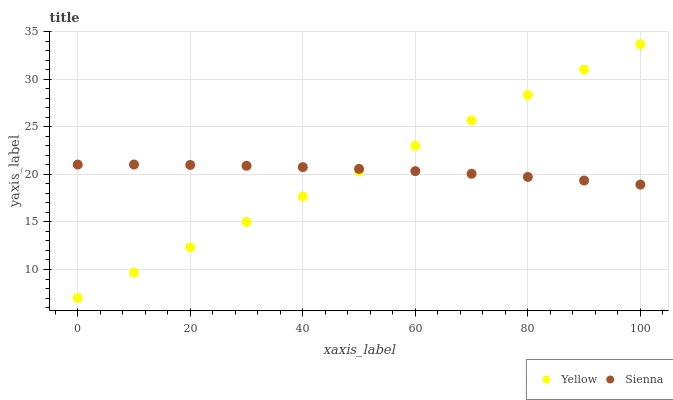
| xaxis_label | Yellow | Sienna |
 | --- | --- | --- |
 | 0 | 7 | 21 |
 | 10 | 9.67 | 21 |
 | 20 | 12.3 | 21 |
 | 30 | 15 | 20.9 |
 | 40 | 17.7 | 20.8 |
 | 50 | 20.3 | 20.6 |
 | 60 | 23 | 20.3 |
 | 70 | 25.7 | 20.1 |
 | 80 | 28.3 | 19.7 |
 | 90 | 31 | 19.4 |
 | 100 | 33.7 | 18.9 |